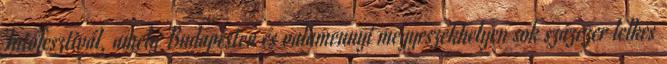
Futófesztivál, amely Budapesten és valamennyi megyeszékhelyen sok százezer lelkes